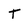
Character: T